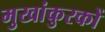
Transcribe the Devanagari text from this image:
मुखांकुरकों